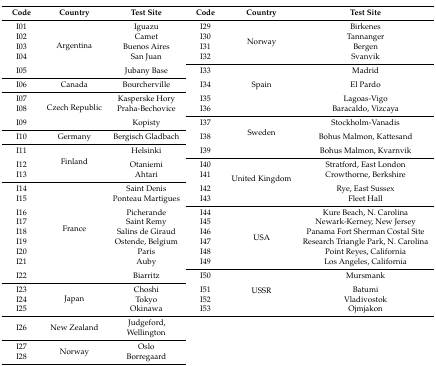
| Code | Country | Test Site | Code | Country | Test Site |
 | --- | --- | --- | --- | --- | --- |
 | I01 | <ROWSPAN=5> Argentina | Iguazu | I29 | <ROWSPAN=4> Norway | Birkenes |
 | I02 | Camet | I30 | Tannanger |
 | I03 | Buenos Aires | I31 | Bergen |
 | I04 | San Juan | I32 | Svanvik |
 | I05 | Jubany Base | I33 | <ROWSPAN=4> Spain | Madrid |
 | I06 | Canada | Bourcherville | I34 | El Pardo |
 | I07 | <ROWSPAN=3> Czech Republic | Kasperske Hory | I35 | Lagoas-Vigo |
 | I08 | Praha-Bechovice | I36 | Baracaldo, Vizcaya |
 | I09 | Kopisty | I37 | <ROWSPAN=3> Sweden | Stockholm-Vanadis |
 | I10 | Germany | Bergisch Gladbach | I38 | Bohus Malmon, Kattesand |
 | I11 | <ROWSPAN=3> Finland | Helsinki | I39 | Bohus Malmon, Kvarnvik |
 | I12 | Otaniemi | I40 | <ROWSPAN=4> United Kingdom | Stratford, East London |
 | I13 | Ahtari | I41 | Crowthorne, Berkshire |
 | I14 | <ROWSPAN=9> France | Saint Denis | I42 | Rye, East Sussex |
 | I15 | Ponteau Martigues | I43 | Fleet Hall |
 | I16 | Picherande | I44 | <ROWSPAN=6> USA | Kure Beach, N. Carolina |
 | I17 | Saint Remy | I45 | Newark-Kerney, New Jersey |
 | I18 | Salins de Giraud | I46 | Panama Fort Sherman Costal Site |
 | I19 | Ostende, Belgium | I47 | Research Triangle Park, N. Carolina |
 | I20 | Paris | I48 | Point Reyes, California |
 | I21 | Auby | I49 | Los Angeles, California |
 | I22 | Biarritz | I50 | <ROWSPAN=4> USSR | Mursmank |
 | I23 | <ROWSPAN=3> Japan | Choshi | I51 | Batumi |
 | I24 | Tokyo | I52 | Vladivostok |
 | I25 | Okinawa | I53 | Ojmjakon |
 | I26 | New Zealand | Judgeford, Wellington | <COLSPAN=3>  |
 | I27 | <ROWSPAN=2> Norway | Oslo | <COLSPAN=3>  |
 | I28 | Borregaard | <COLSPAN=3>  |